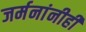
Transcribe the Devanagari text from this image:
जर्मनांनीही